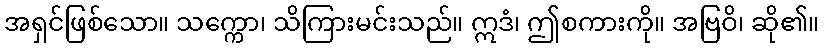
အရှင်ဖြစ်သော။ သက္ကော၊ သိကြားမင်းသည်။ ဣဒံ၊ ဤစကားကို။ အဗြဝိ၊ ဆို၏။